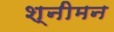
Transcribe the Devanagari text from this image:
श्नीमन